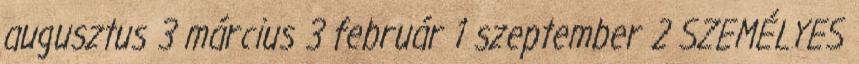
augusztus 3 március 3 február 1 szeptember 2 SZEMÉLYES